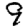
Digit: 9